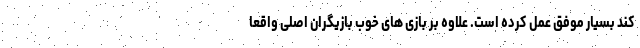
کند بسیار موفق عمل کرده است. علاوه بر بازی های خوب بازیگران اصلی واقعا